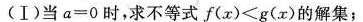
(Ⅰ)当$$a = 0$$时，求不等式$$f ( x ) < g ( x )$$的解集；